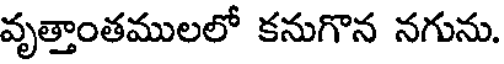
వృత్తాంతములలో కనుగొన నగును.